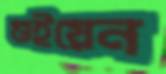
গুইয়েন